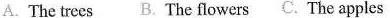
A. The trees B. The flowers C. The apples